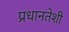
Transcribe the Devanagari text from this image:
प्रधानतेशी